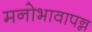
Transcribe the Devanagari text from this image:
मनोभावापन्न